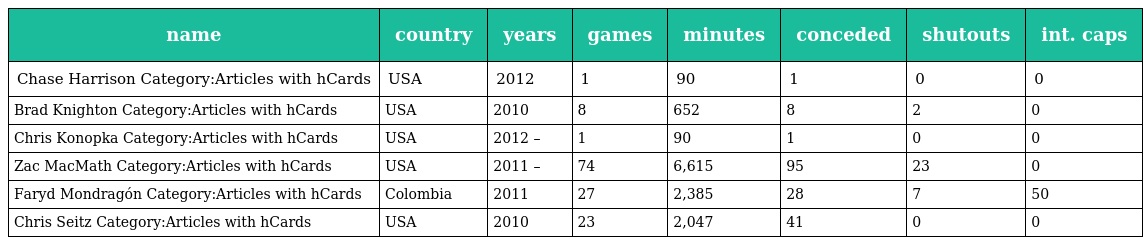
| name | country | years | games | minutes | conceded | shutouts | int. caps |
 | --- | --- | --- | --- | --- | --- | --- | --- |
 | Chase Harrison Category:Articles with hCards | USA | 2012 | 1 | 90 | 1 | 0 | 0 |
 | Brad Knighton Category:Articles with hCards | USA | 2010 | 8 | 652 | 8 | 2 | 0 |
 | Chris Konopka Category:Articles with hCards | USA | 2012 – | 1 | 90 | 1 | 0 | 0 |
 | Zac MacMath Category:Articles with hCards | USA | 2011 – | 74 | 6,615 | 95 | 23 | 0 |
 | Faryd Mondragón Category:Articles with hCards | Colombia | 2011 | 27 | 2,385 | 28 | 7 | 50 |
 | Chris Seitz Category:Articles with hCards | USA | 2010 | 23 | 2,047 | 41 | 0 | 0 |